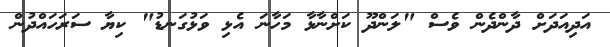
އަދިއަދަށް ދާންދެން ވެސް "ލަންދޫ ކަށްނާޅާ މަހާނަ އެޅި ވަޅުގަނޑު" ކިޔާ ސަރަހައްދުން